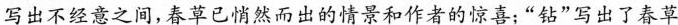
写出不经意之间,春草已悄然而出的将景和作者的惊喜:“钻”写出了春草